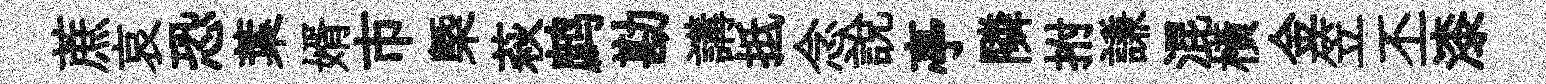
蔗哀恐葉婿市㮣萩鹧勘講抵念說亭隣拊謙混横金笠丕漆